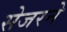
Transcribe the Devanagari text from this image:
सेजरने